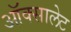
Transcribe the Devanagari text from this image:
ऑक्सालेट